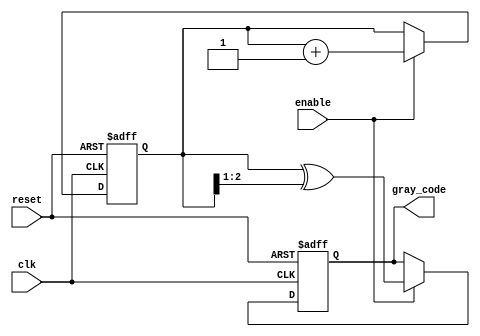
module gray_code_counter #(
    parameter N = 3 // Number of bits for the Gray code counter
)(
    input wire clk,        // Clock input
    input wire enable,     // Enable input
    input wire reset,      // Reset input
    output reg [N-1:0] gray_code // Current state in Gray code format
);

// Internal binary counter
reg [N-1:0] binary_count;

// Function to convert binary to Gray code
function [N-1:0] binary_to_gray;
    input [N-1:0] binary;
    begin
        binary_to_gray = binary ^ (binary >> 1);
    end
endfunction

// Always block for counter operation
always @(posedge clk or posedge reset) begin
    if (reset) begin
        // Reset the counter to 0
        binary_count <= 0;
        gray_code <= binary_to_gray(0);
    end else if (enable) begin
        // Increment the binary counter
        binary_count <= binary_count + 1;
        // Convert to Gray code
        gray_code <= binary_to_gray(binary_count);
    end
end

endmodule